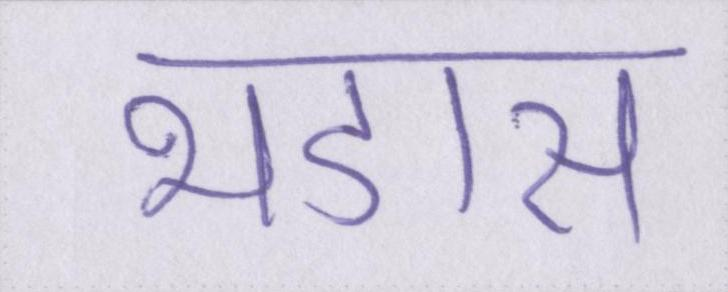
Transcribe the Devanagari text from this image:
भडास